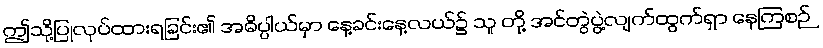
ဤသို့ပြုလုပ်ထားရခြင်း၏ အဓိပ္ပါယ်မှာ နေ့ခင်းနေ့လယ်၌ သူ တို့ အင်တွဲပွဲ့လျက်ထွက်ရှာ နေကြစဉ်